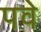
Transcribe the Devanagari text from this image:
पवे